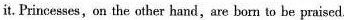
it. Princesses, on the other hand, are born to be praised.